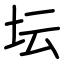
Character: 坛